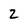
Character: z